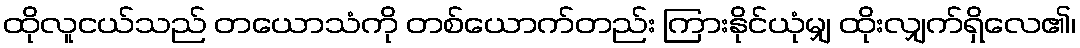
ထိုလူငယ်သည် တယောသံကို တစ်ယောက်တည်း ကြားနိုင်ယုံမျှ ထိုးလျှက်ရှိလေ၏၊